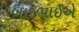
બાજપાઈએ